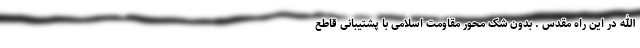
الله در این راه مقدس . بدون شک محور مقاومت اسلامی با پشتیبانی قاطع